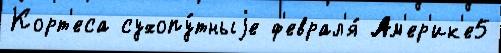
Корт'еса сухопу́тныjе ф'еврал'я́ Ам'ер'ик'е5